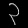
Digit: ၃